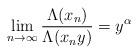
LaTeX: \begin{align*}\lim_{n \to \infty}\frac{\Lambda(x_n)}{\Lambda(x_n y)} = y^\alpha\end{align*}